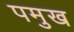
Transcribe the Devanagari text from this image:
पमुख